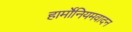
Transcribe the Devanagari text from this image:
हार्मोनियमवादन